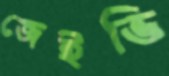
জেইভি